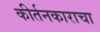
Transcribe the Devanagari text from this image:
कीर्तनकाराचा